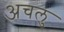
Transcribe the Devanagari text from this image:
अचलु